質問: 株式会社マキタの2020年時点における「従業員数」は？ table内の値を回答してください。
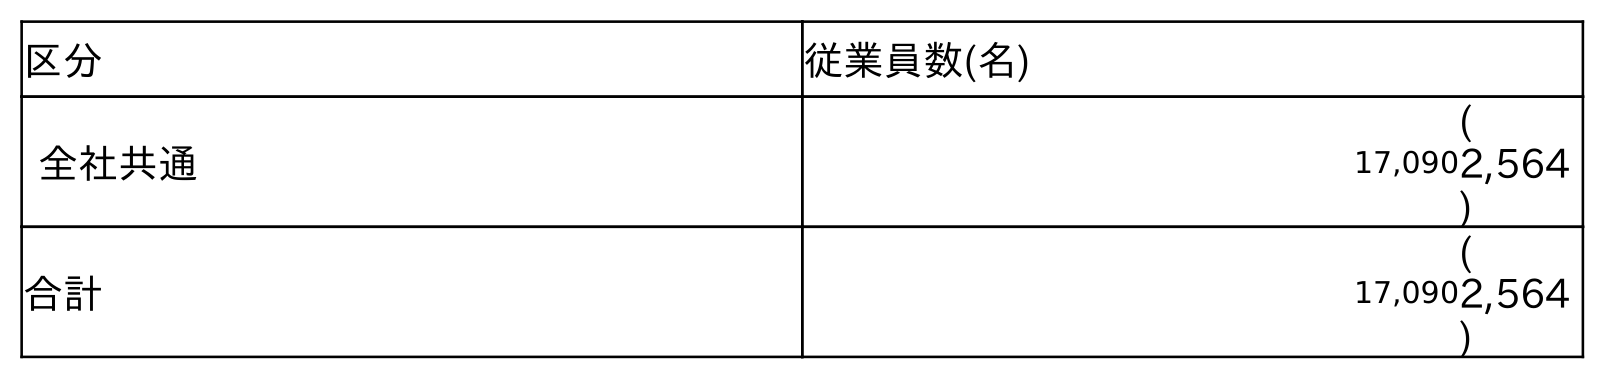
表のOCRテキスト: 区分 従業員数(名) 全社共通 17,090 ( 2,564 ) 合計 17,090 ( 2,564 )
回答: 17,090